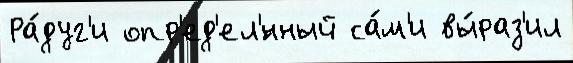
Ра́дуг'и опр'ед'ел'́нный са́м'и вы́раз'ил